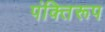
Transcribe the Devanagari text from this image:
पंक्तिरूप